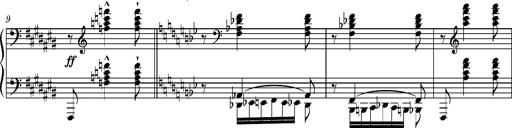
Title: Ungarische Nationalmelodien, S.243
Composer: Franz Liszt